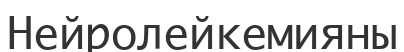
Нейролейкемияны